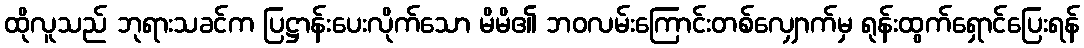
ထိုလူသည် ဘုရားသခင်က ပြဋ္ဌာန်းပေးလိုက်သော မိမိ၏ ဘဝလမ်းကြောင်းတစ်လျှောက်မှ ရုန်းထွက်ရှောင်ပြေးရန်